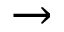
\rightarrow